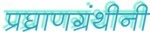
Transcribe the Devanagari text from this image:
प्रघ्राणग्रंथीनी